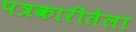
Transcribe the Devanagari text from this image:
पत्रकारीतेला